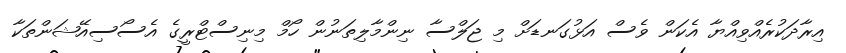
އިރާދަކުރެއްވިއްޔާ އެކަން ވެސް އަޅުގަނޑަށް މި ޖަލްސާ ނިންމާލިތަނުން ހޯމް މިނިސްޓްރީގެ އެސޯސިއޭޝަންތަކާ